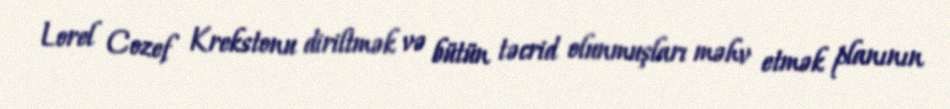
Lorel Cozef Krekstonu diriltmək və bütün təcrid olunmuşları məhv etmək planının